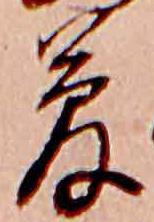
夢